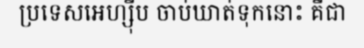
ប្រទេសអេហ្ស៊ីប ចាប់ឃាត់ទុកនោះ គឺជា